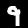
Digit: 9